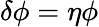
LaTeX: \delta\phi=\eta\phi